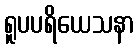
ရူပပရိယေသနာ